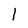
Character: l